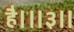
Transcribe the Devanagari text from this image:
है।॥३॥